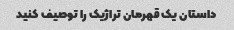
داستان یک قهرمان تراژیک را توصیف کنید